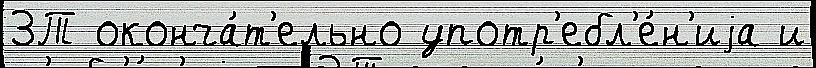
3Т оконча́т'ельно употр'ебл'е́н'иjа и